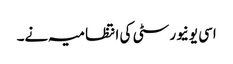
اسی یونیورسٹی کی انتظامیہ نے۔